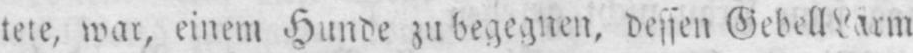
tete, war, einem Hunde zu begegnen, dessen Gebell Lärm